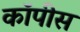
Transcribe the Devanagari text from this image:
कॉपीस